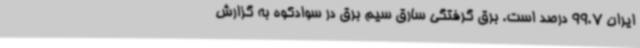
ایران 99.7 درصد است. برق گرفتگی سارق سیم برق در سوادکوه به گزارش